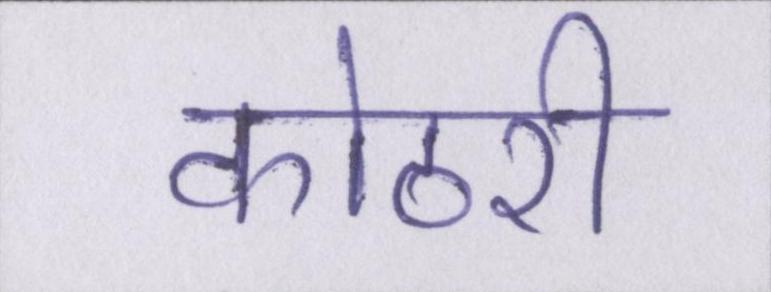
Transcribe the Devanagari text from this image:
कोठरी